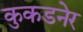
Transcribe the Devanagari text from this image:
कुकडनेर